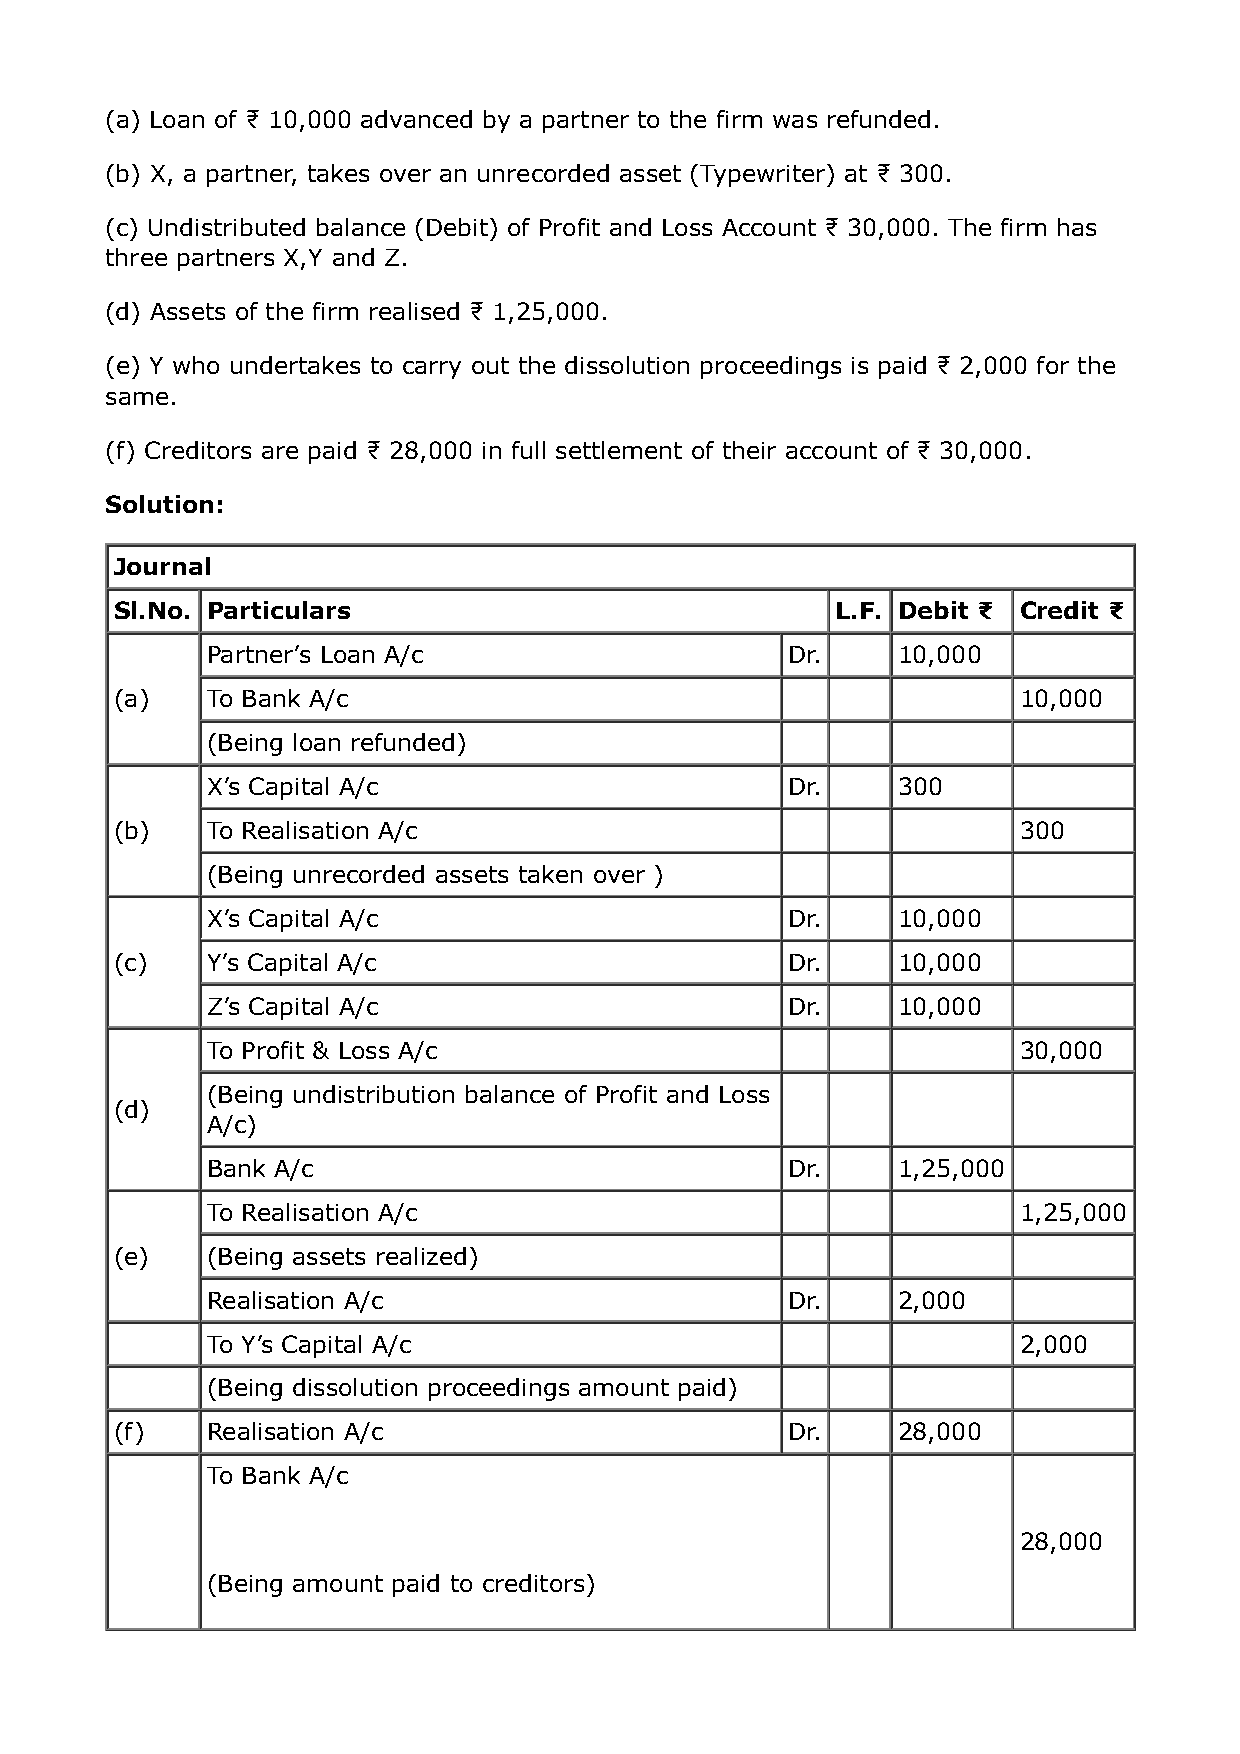
(a) Loan of ₹ 10,000 advanced by a partner to the firm was refunded.
 (b) X, a partner, takes over an unrecorded asset (Typewriter) at ₹ 300.
 (c) Undistributed balance (Debit) of Profit and Loss Account ₹ 30,000. The firm has
 three partners X,Y and Z.
 (d) Assets of the firm realised ₹ 1,25,000.
 (e) Y who undertakes to carry out the dissolution proceedings is paid ₹ 2,000 for the
 same.
 (f) Creditors are paid ₹ 28,000 in full settlement of their account of ₹ 30,000.
 Solution:
 Journal
 Sl.No. Particulars                             L.F. Debit ₹ Credit ₹
 Partner’s Loan A/c                    Dr.    10,000
 (a)   To Bank A/c                                          10,000
 (Being loan refunded)
 X’s Capital A/c                       Dr.    300
 (b)   To Realisation A/c                                   300
 (Being unrecorded assets taken over )
 X’s Capital A/c                       Dr.    10,000
 (c)   Y’s Capital A/c                       Dr.    10,000
 Z’s Capital A/c                       Dr.    10,000
 To Profit & Loss A/c                                 30,000
 (Being undistribution balance of Profit and Loss
 (d)
 A/c)
 Bank A/c                              Dr.    1,25,000
 To Realisation A/c                                   1,25,000
 (e)   (Being assets realized)
 Realisation A/c                       Dr.    2,000
 To Y’s Capital A/c                                   2,000
 (Being dissolution proceedings amount paid)
 (f)   Realisation A/c                       Dr.    28,000
 To Bank A/c
 28,000
 (Being amount paid to creditors)